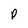
Character: p